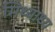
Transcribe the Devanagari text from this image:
मिथ्याध्य